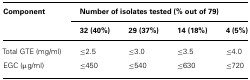
| Component | <COLSPAN=4> Number of isolates tested (% out of 79) |
 |  | 32 (40%) | 29 (37%) | 14 (18%) | 4 (5%) |
 | --- | --- | --- | --- | --- |
 | Total GTE (mg/ml) | ≤2.5 | ≤3.0 | ≤3.5 | ≤4.0 |
 | EGCμg/ml) | ≤450 | ≤540 | ≤630 | ≤720 |